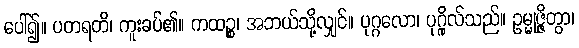
ပေါ်၍။ ပတရတိ၊ ကူးခပ်၏။ ကထဉ္စ၊ အဘယ်သို့လျှင်။ ပုဂ္ဂလော၊ ပုဂ္ဂိုလ်သည်။ ဥမ္မုဇ္ဇိတွာ၊